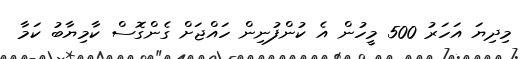
މިދިޔަ އަހަރު 500 މީހުން އެ ކުންފުނިން ހައްޖަށް ގެންގޮސް ކާމިޔާބު ކަމާ